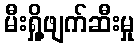
မီးရှို့ဖျက်ဆီးမှု